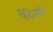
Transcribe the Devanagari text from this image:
पैट्रियार्क